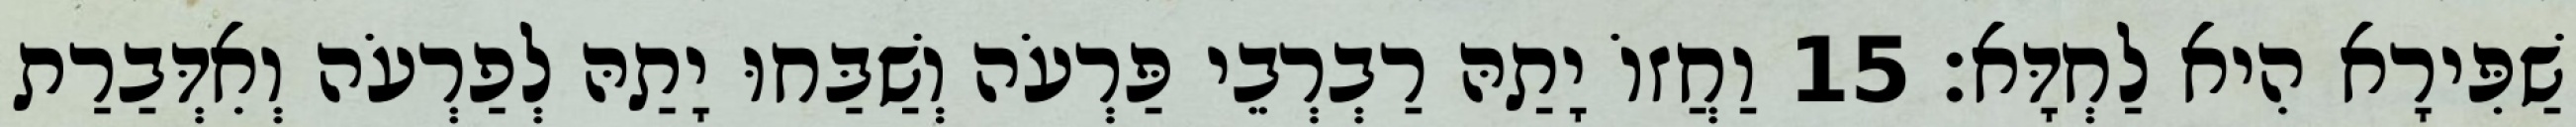
שַׁפִּירָא הִיא לַחְדָּא׃ 15 וַחֲזוֹ יָתַהּ רַבְרְבֵי פַּרְעֹה וְשַׁבַּחוּ יָתַהּ לְפַרְעֹה וְאִדְּבַרַת